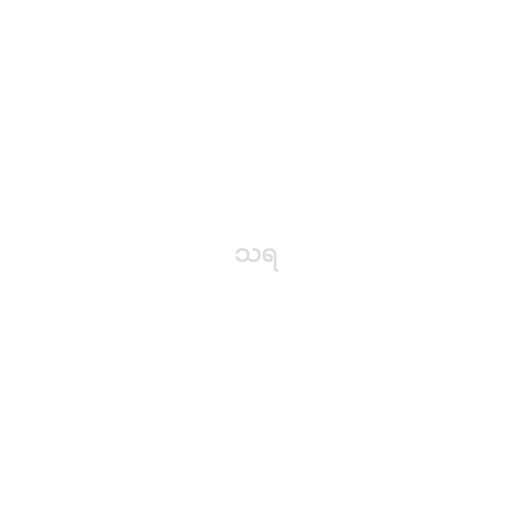
သရ